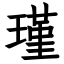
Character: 瑾